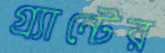
গ্র্যান্টের